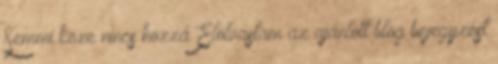
Semmi köze nincs hozzá Elolvastam az ajánlott blog bejegyzést